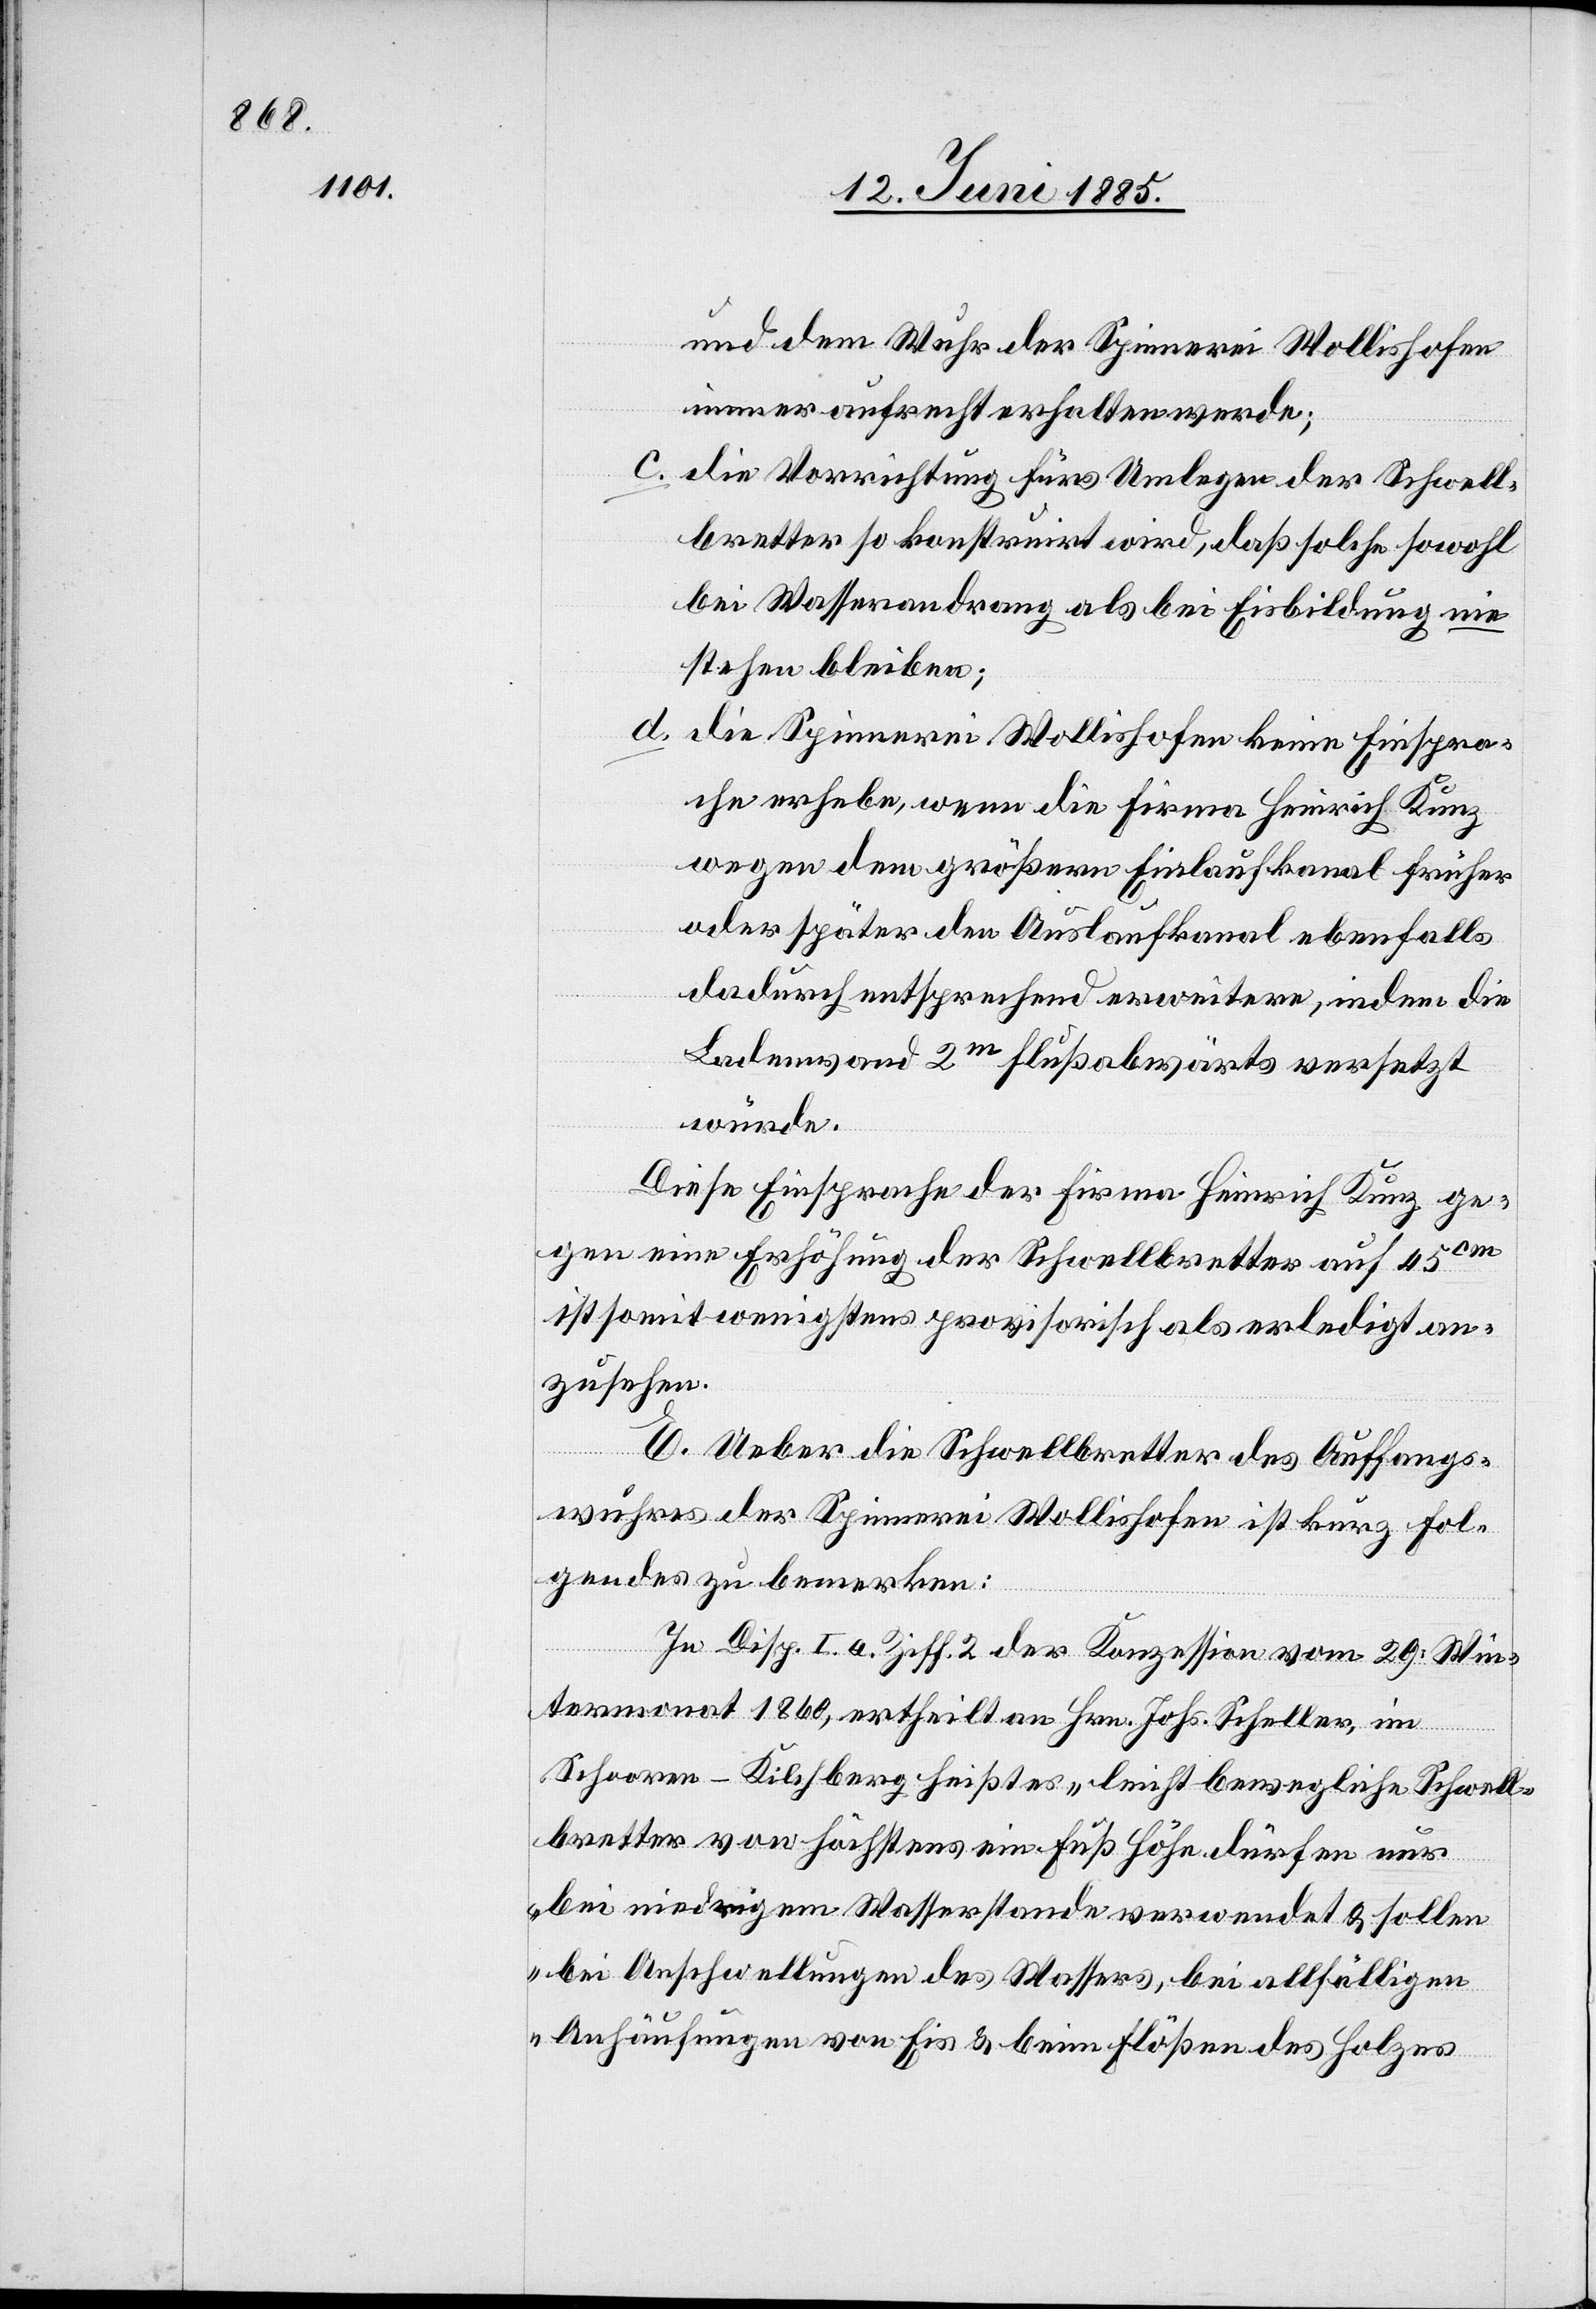
und dem Wuhr der Spinnerei Wollishofen
immer aufrecht erhalten werde;
c. die Vorrichtung fürs Umlegen der Schwell¬
bretter so konstruirt wird, daß solche sowohl
bei Wasserandrang als bei Eisbildung nie
stehen bleiben;
d. die Spinnerei Wollishofen keine Einspra¬
che erhebe, wenn die Firma Heinrich Kunz
wegen dem größern Einlaufkanal früher
oder später den Auslaufkanal ebenfalls
dadurch entsprechend erweitere, indem die
Ladewand 2 m flußabwärts versetzt
würde.
Diese Einsprache der Firma Heinrich Kunz ge¬
gen eine Erhöhung der Schwellbretter auf 45 cm
ist somit wenigstens provisorisch als erledigt an¬
zusehen.
E. Ueber die Schwellbretter des Auffangs¬
wuhres der Spinnerei Wollishofen ist kurz fol¬
gendes zu bemerken:
In Disp. I. a. Ziff. 2 der Konzession vom 29. Win¬
termonat 1860, ertheilt an Hrn. Johs. Scheller, im
Schooren - Kilchberg heißt es „leicht bewegliche Schwell¬
bretter von höchstens ein Fuß Höhe dürfen nur
bei niedrigem Wasserstande verwendet & sollen
bei Anschwellungen des Wassers, bei allfälligen
Anhäufungen von Eis & beim Flößen des Holzes